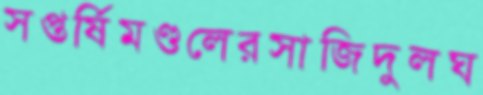
সপ্তর্ষিমণ্ডলেরসাজিদুলঘ